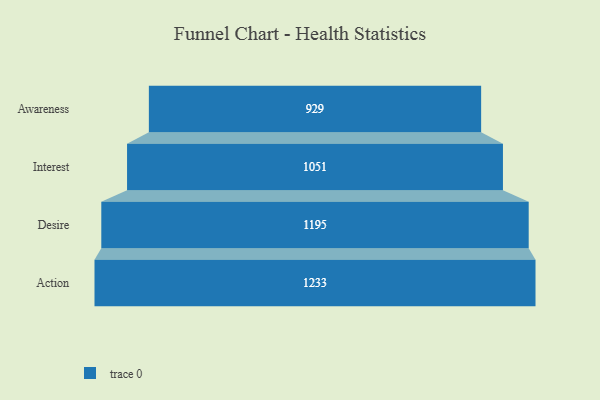
{"axis": {"x": "Stage", "y": "Value"}, "legend": [""], "data": [{"x": "Awareness", "y": 929.0, "type": ""}, {"x": "Interest", "y": 1051.0, "type": ""}, {"x": "Desire", "y": 1195.0, "type": ""}, {"x": "Action", "y": 1233.0, "type": ""}]}